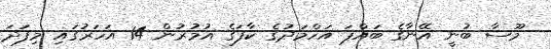
މޫސާ ބުނީ އޭނާގެ ބައްޕަ އަހްމަދުގެ ކާފަގެ އުމުރުން 14 އަހަރުގައި މިފަދަ